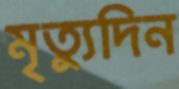
মৃত্যুদিন